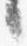
言